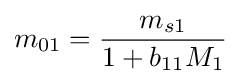
m_{01}={\frac {m_{s1}}{1+b_{11}M_{1}}}